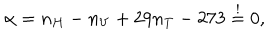
LaTeX: \alpha = n _ { H } - n _ { V } + 2 9 n _ { T } - 2 7 3 \stackrel { ! } { = } 0 ,